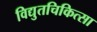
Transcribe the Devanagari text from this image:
विद्युतचिकित्सा